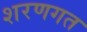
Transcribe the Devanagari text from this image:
शरणगत